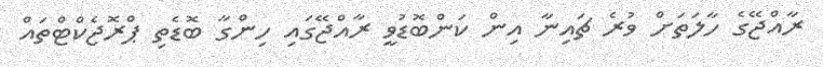
ރާއްޖޭގެ ހާލަތަށް ވުރެ ޗައިނާ އިން ކަންބޮޑުވީ ރާއްޖޭގައި ހިންގާ ބޮޑެތި ޕްރޮޖެކްޓްތައް